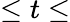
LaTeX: \le t\le